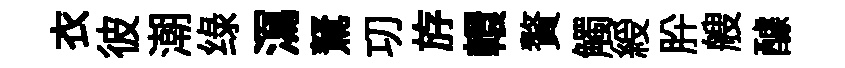
衣彼潮绿㵼駑㓛斿轘贅觸綬肸艘醵